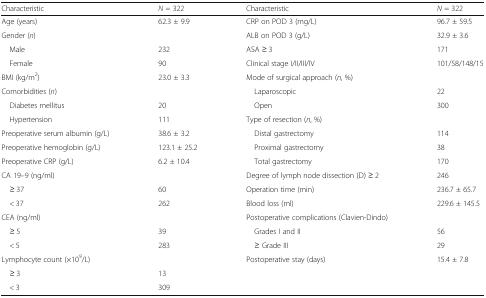
| Characteristic | N = 322 | Characteristic | N = 322 |
 | --- | --- | --- | --- |
 | Age (years) | 62.3 ± 9.9 | CRP on POD 3 (mg/L) | 96.7 ± 59.5 |
 | Gender (n) |  | ALB on POD 3 (g/L) | 32.9 ± 3.6 |
 | Male | 232 | ASA ≥ 3 | 171 |
 | Female | 90 | Clinical stage I/II/III/IV | 101/58/148/15 |
 | BMI (kg/m2) | 23.0 ± 3.3 | Mode of surgical approach (n, %) |  |
 | Comorbidities (n) |  | Laparoscopic | 22 |
 | Diabetes mellitus | 20 | Open | 300 |
 | Hypertension | 111 | Type of resection (n, %) |  |
 | Preoperative serum albumin (g/L) | 38.6 ± 3.2 | Distal gastrectomy | 114 |
 | Preoperative hemoglobin (g/L) | 123.1 ± 25.2 | Proximal gastrectomy | 38 |
 | Preoperative CRP (g/L) | 6.2 ± 10.4 | Total gastrectomy | 170 |
 | CA 19–9 (ng/ml) |  | Degree of lymph node dissection (D) ≥ 2 | 246 |
 | ≥ 37 | 60 | Operation time (min) | 236.7 ± 65.7 |
 | < 37 | 262 | Blood loss (ml) | 229.6 ± 145.5 |
 | CEA (ng/ml) |  | Postoperative complications (Clavien-Dindo) |  |
 | ≥ 5 | 39 | Grades I and II | 56 |
 | < 5 | 283 | ≥ Grade III | 29 |
 | Lymphocyte count (×109/L) |  | Postoperative stay (days) | 15.4 ± 7.8 |
 | ≥ 3 | 13 |  |  |
 | < 3 | 309 |  |  |